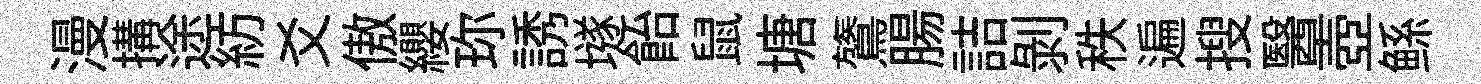
漫搆途紡爻傲纓珎誘𡑞飴鼠塘鷟腸詰剥秩遍搜醫壺鲧